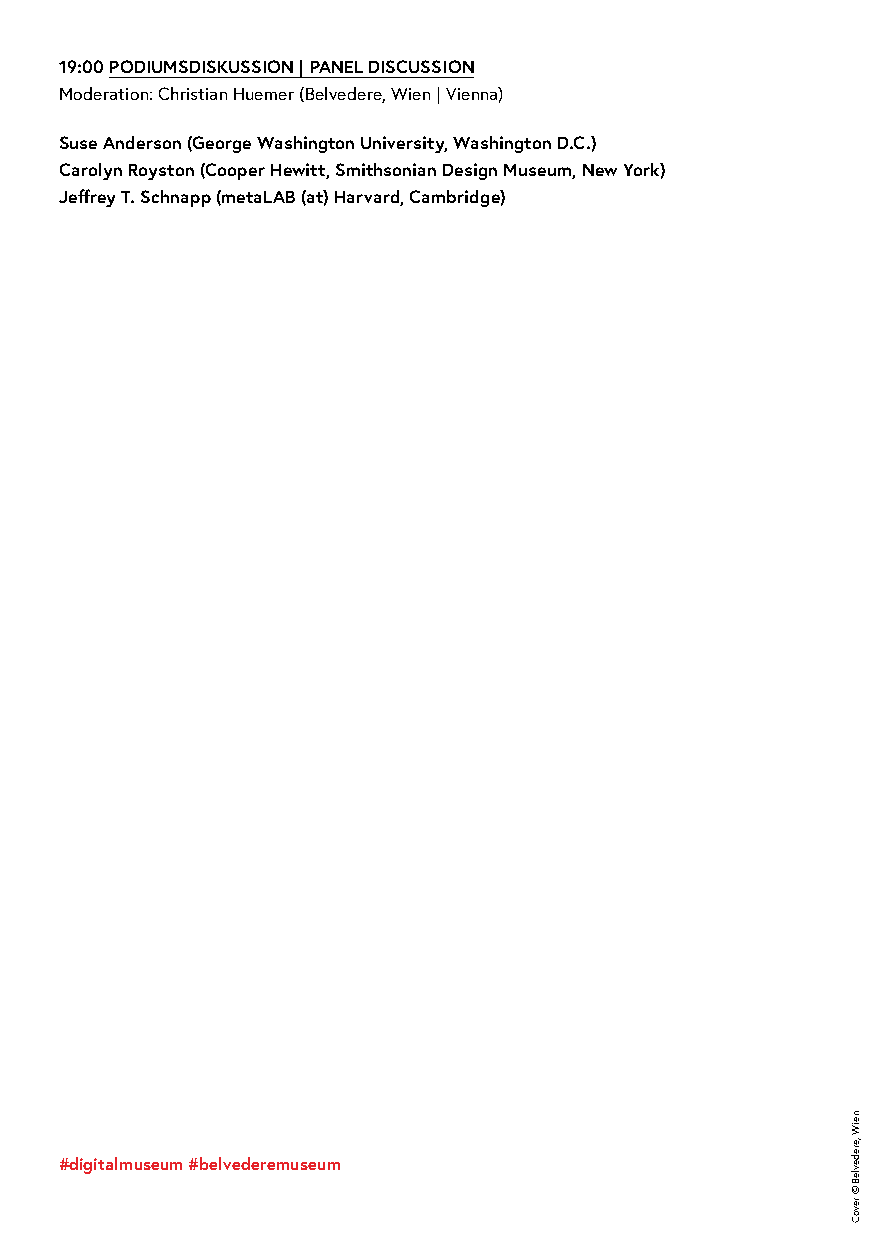
19:00 PODIUMSDISKUSSION | PANEL DISCUSSION
 Moderation: Christian Huemer (Belvedere, Wien | Vienna)
 Suse Anderson (George Washington University, Washington D.C.)
 Carolyn Royston (Cooper Hewitt, Smithsonian Design Museum, New York)
 Jeffrey T. Schnapp (metaLAB (at) Harvard, Cambridge)
 #digitalmuseum #belvederemuseum
 neiW
 ,eredevleB
 ©
 revoC